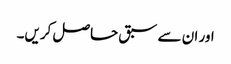
اور ان سے سبق حاصل کریں۔